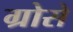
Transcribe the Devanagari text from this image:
ग्रोसे